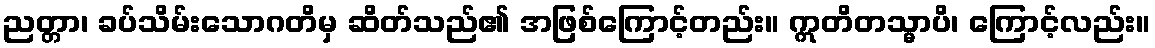
ညတ္တာ၊ ခပ်သိမ်းသောဂတိမှ ဆိတ်သည်၏ အဖြစ်ကြောင့်တည်း။ ဣတိတသ္မာပိ၊ ကြောင့်လည်း။